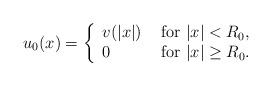
LaTeX: \begin{align*} u_0(x)=\left\{\begin{array}{ll} v(|x|)& \mbox{ for } |x|<R_0,\\ 0& \mbox{ for } |x|\geq R_0. \end{array} \right. \end{align*}